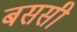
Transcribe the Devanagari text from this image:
बससी